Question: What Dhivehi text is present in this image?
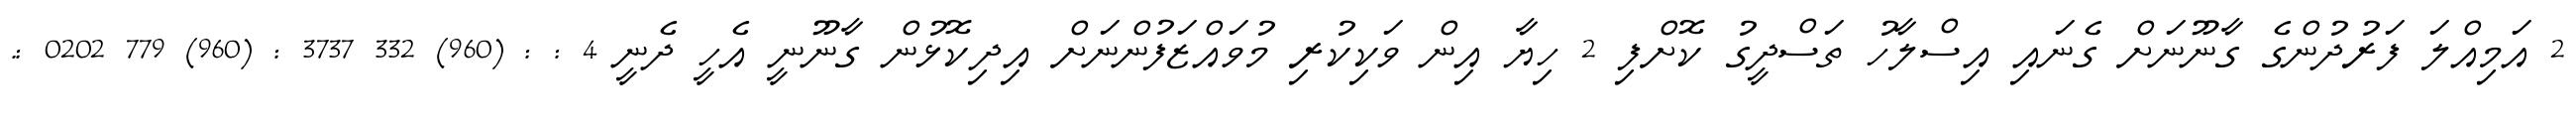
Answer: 2 އަމިއްލަ ފަރުދުންގެ ގާނޫނަށް ގެނައި އިސްލާހު ތަސްދީގު ކޮށްފި 2 ހިޔާ އިން ވަކިކުރި މުވައްޒަފުންނަށް އިދިކޮޅުން ގާނޫނީ އެހީ ދެނީ 4 : : (960) 332 3737 : (960) 779 0202 :.